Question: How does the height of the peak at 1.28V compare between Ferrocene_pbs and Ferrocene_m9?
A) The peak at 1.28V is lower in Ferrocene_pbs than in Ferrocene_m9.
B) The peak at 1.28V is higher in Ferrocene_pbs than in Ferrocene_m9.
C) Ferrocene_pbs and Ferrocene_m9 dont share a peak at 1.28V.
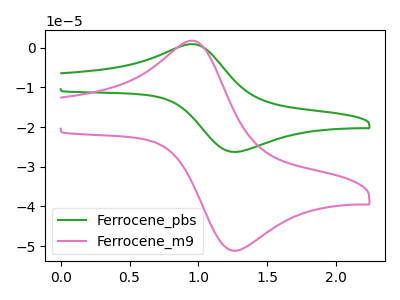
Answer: <think>The green curve "Ferrocene_pbs" has an anodic peak at (1.00V, 0.80uA) and a cathodic peak at (1.30V, -26.25uA). The pink curve "Ferrocene_m9" has an anodic peak at (1.00V, 1.55uA) and a cathodic peak at (1.30V, -51.10uA).</think>
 <answer>A) The peak at 1.28V is lower in "Ferrocene_pbs" than in "Ferrocene_m9".</answer>
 <eval>A</eval>